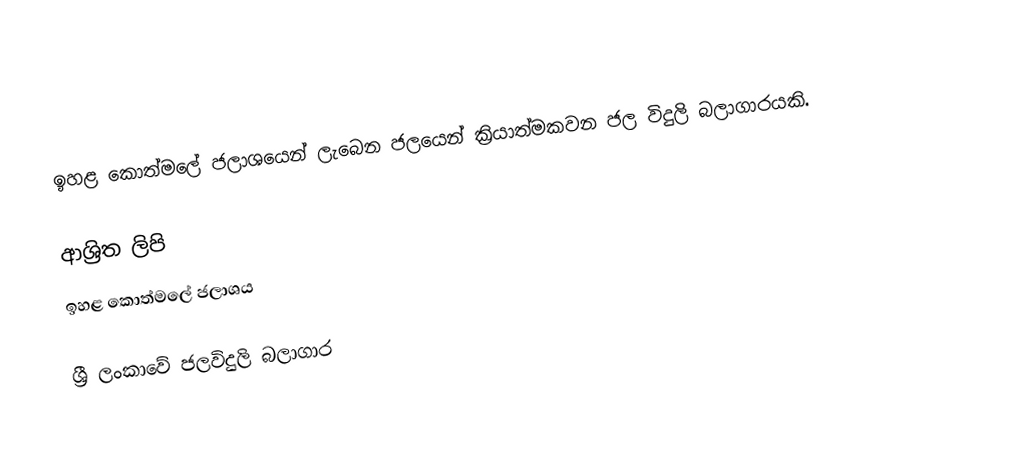
ඉහළ කොත්මලේ ජලාශයෙන් ලැබෙන ජලයෙන් ක්‍රියාත්මකවන ජල විදුලි බලාගාරයකි.

ආශ්‍රිත ලිපි
 ඉහළ කොත්මලේ ජලාශය

ශ්‍රී ලංකාවේ ජලවිදුලි බලාගාර